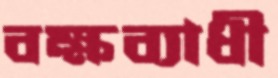
বক্ষব্যাধী